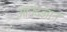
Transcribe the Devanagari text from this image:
आनंदज्ञान